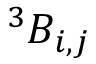
^ { 3 } B _ { i , j }